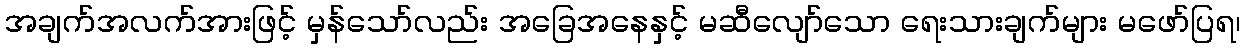
အချက်အလက်အားဖြင့် မှန်သော်လည်း အခြေအနေနှင့် မဆီလျော်သော ရေးသားချက်များ မဖော်ပြရ၊